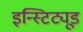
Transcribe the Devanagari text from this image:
इन्स्टिट्यूड